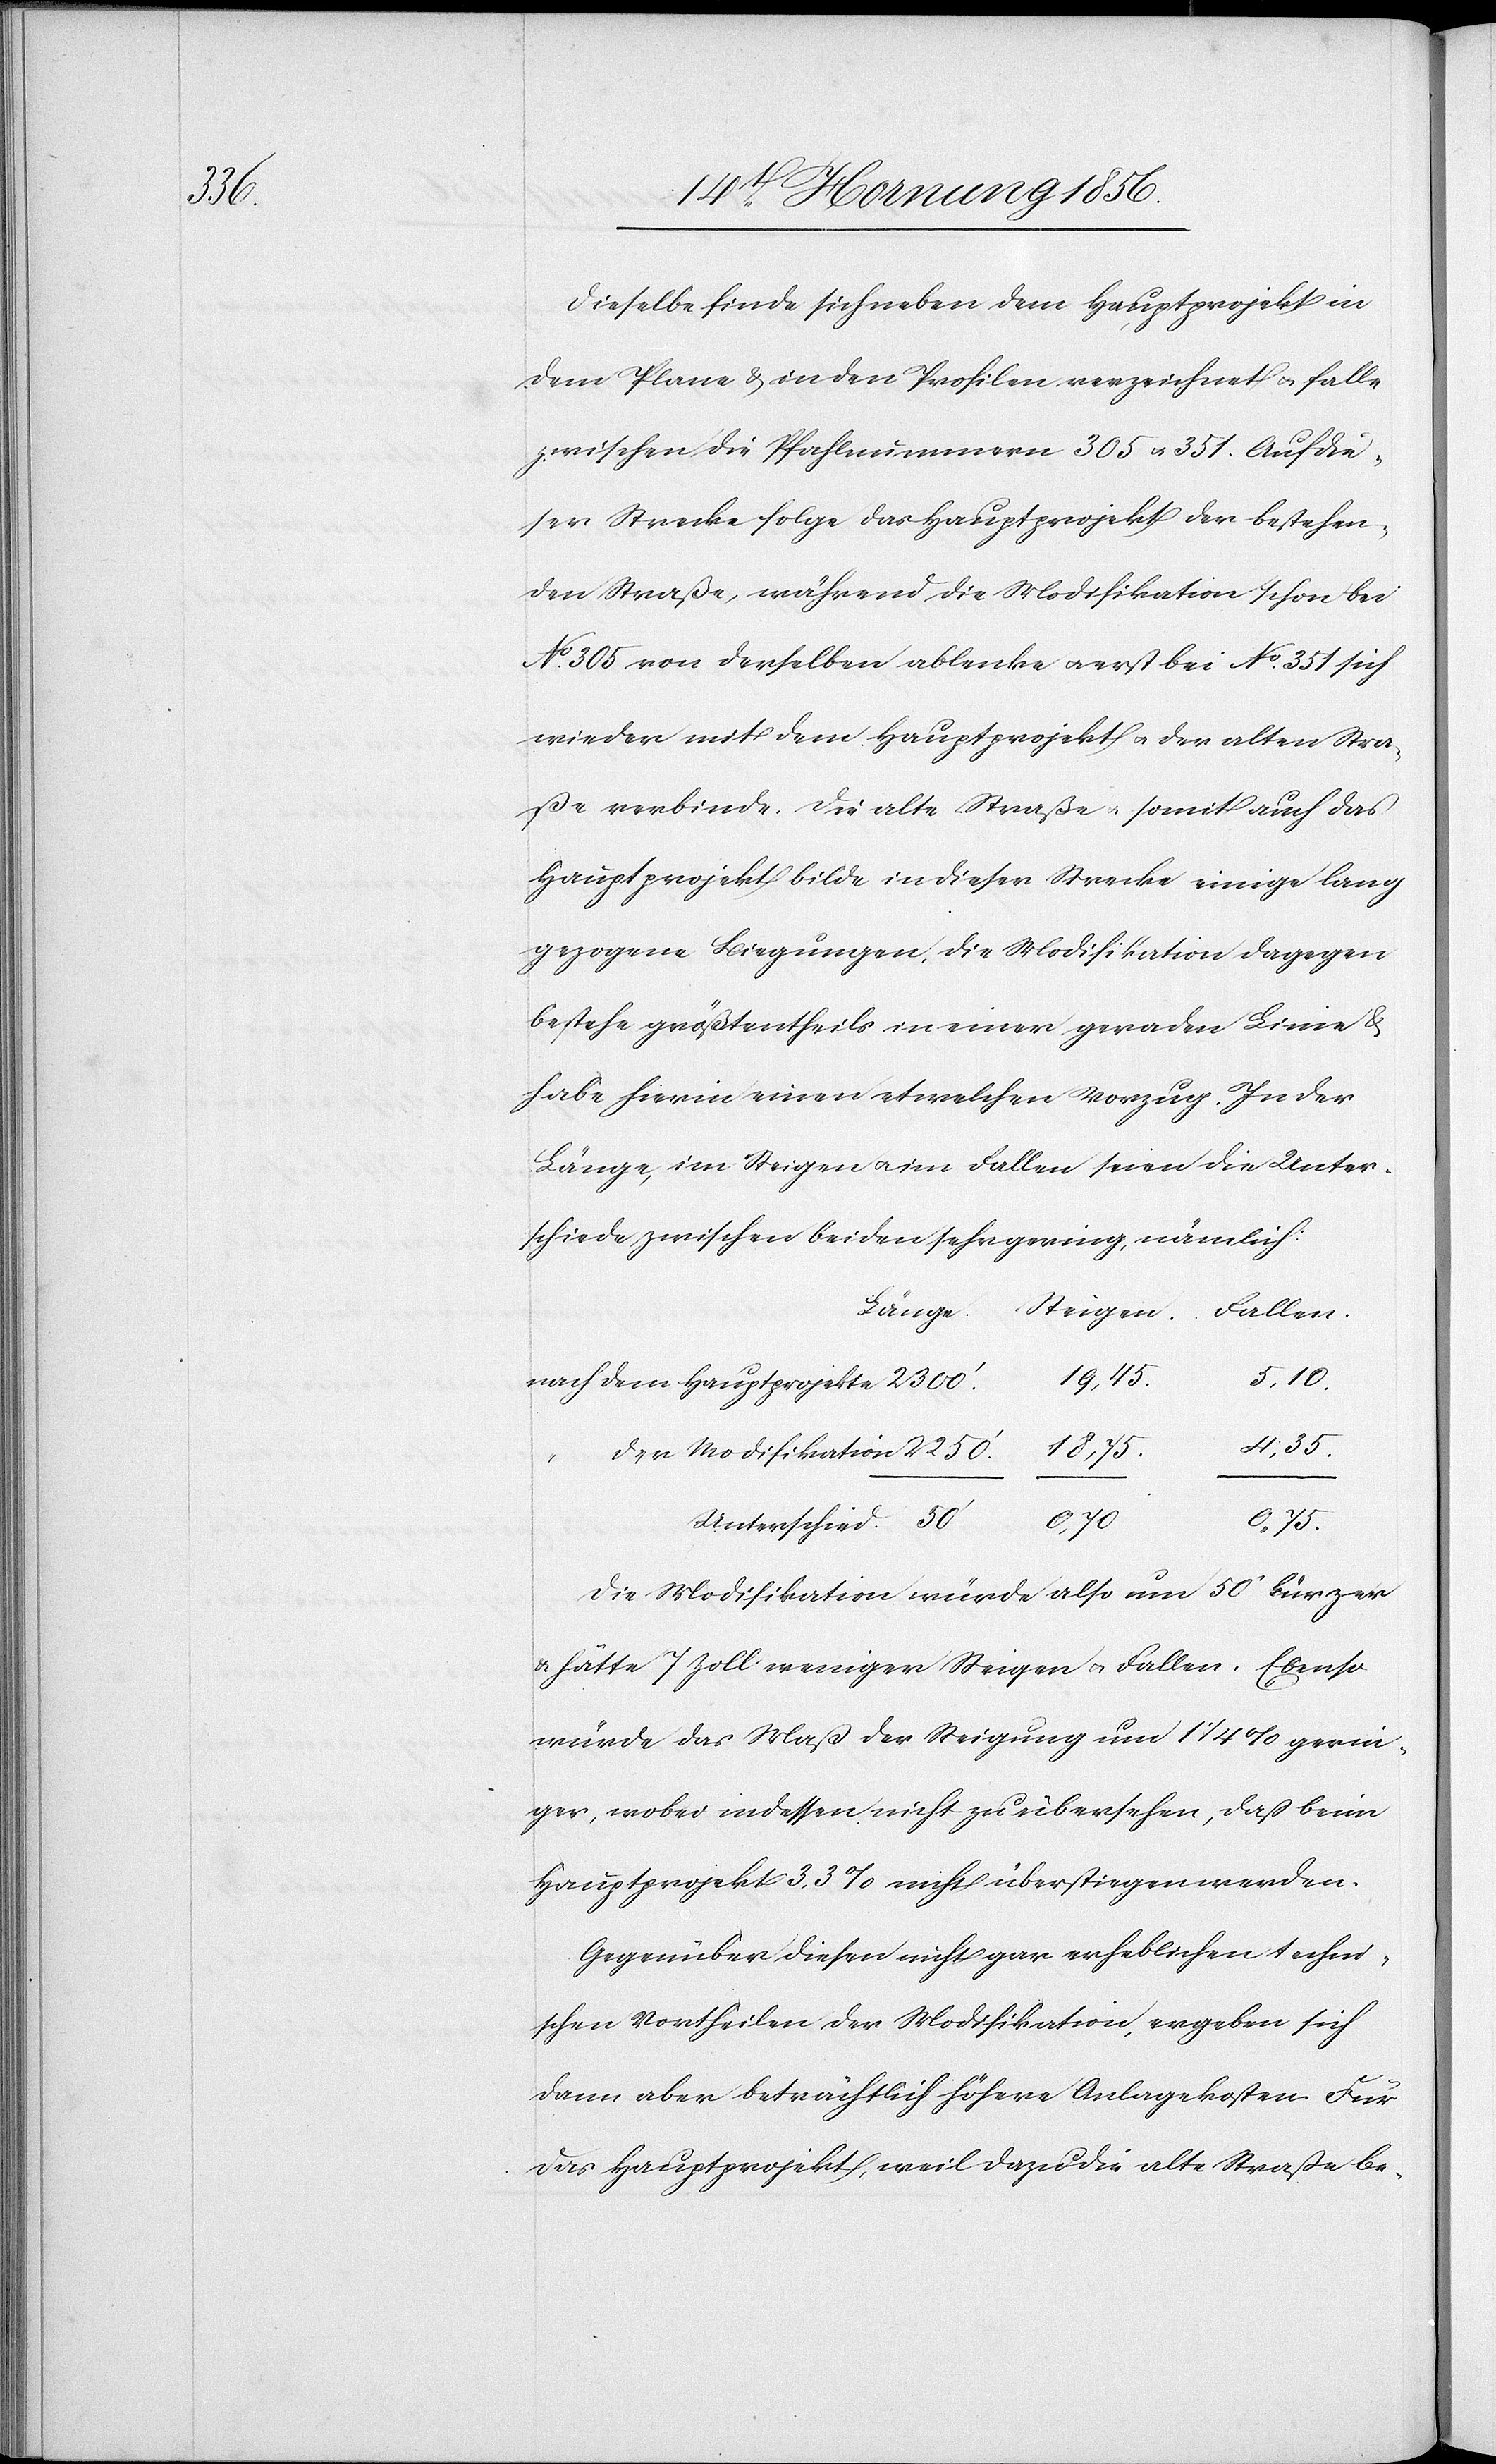
Fallen.

Dieselbe finde sich neben dem Hauptprojekt in
dem Plane & in den Profilen verzeichnet u. falle
zwischen die Pfahlnummern 305 u. 351. Auf die¬
ser Strecke folge das Hauptprojekt der bestehen¬
den Straße, während die Modifikation schon bei
No 305 von derselben ablenke u. erst bei No 351 sich
wieder mit dem Hauptprojekt u. der alten Stra¬
ße verbinde. Die alte Straße u. somit auch das
Hauptprojekt bilde in dieser Strecke einige lang
gezogene Biegungen, die Modifikation dagegen
bestehe größtentheils in einer geraden Linie &
habe hierin einen etwelchen Vorzug. In der
Länge, im Steigen u. im Fallen seien die Unter¬
schiede zwischen beiden sehr gering, nämlich:
Länge.
der Modifikation
Unterschied.
0,70
0,75.
Die Modifikation würde also um 50’ kürzer
u. hätte 7 Zoll weniger Steigen u. Fallen. Ebenso
würde das Maß der Steigung um 1 ¼ % gerin¬
ger, wobei indessen nicht zu übersehen, daß beim
Hauptprojekt 3,3% nicht überstiegen werden.
Gegenüber diesen nicht gar erheblichen techni¬
schen Vortheilen der Modifikation, ergeben sich
dann aber beträchtlich höhere Anlagekosten. Für
das Hauptprojekt, weil dazu die alte Straße be-